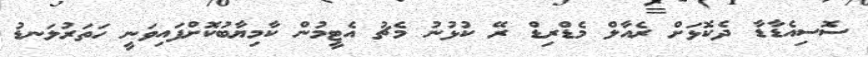
ސޮސިއެޑާޑާ ދެކޮޅަށް ރެއާލް މެޑްރިޑް ރޭ ކުޅުނު މެޗު އެޓީމުން ކާމިޔާބުކޮށްފައިވަނީ ހަތަރުލަނޑު